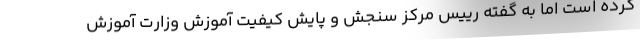
کرده است اما به گفته رییس مرکز سنجش و پایش کیفیت آموزش وزارت آموزش